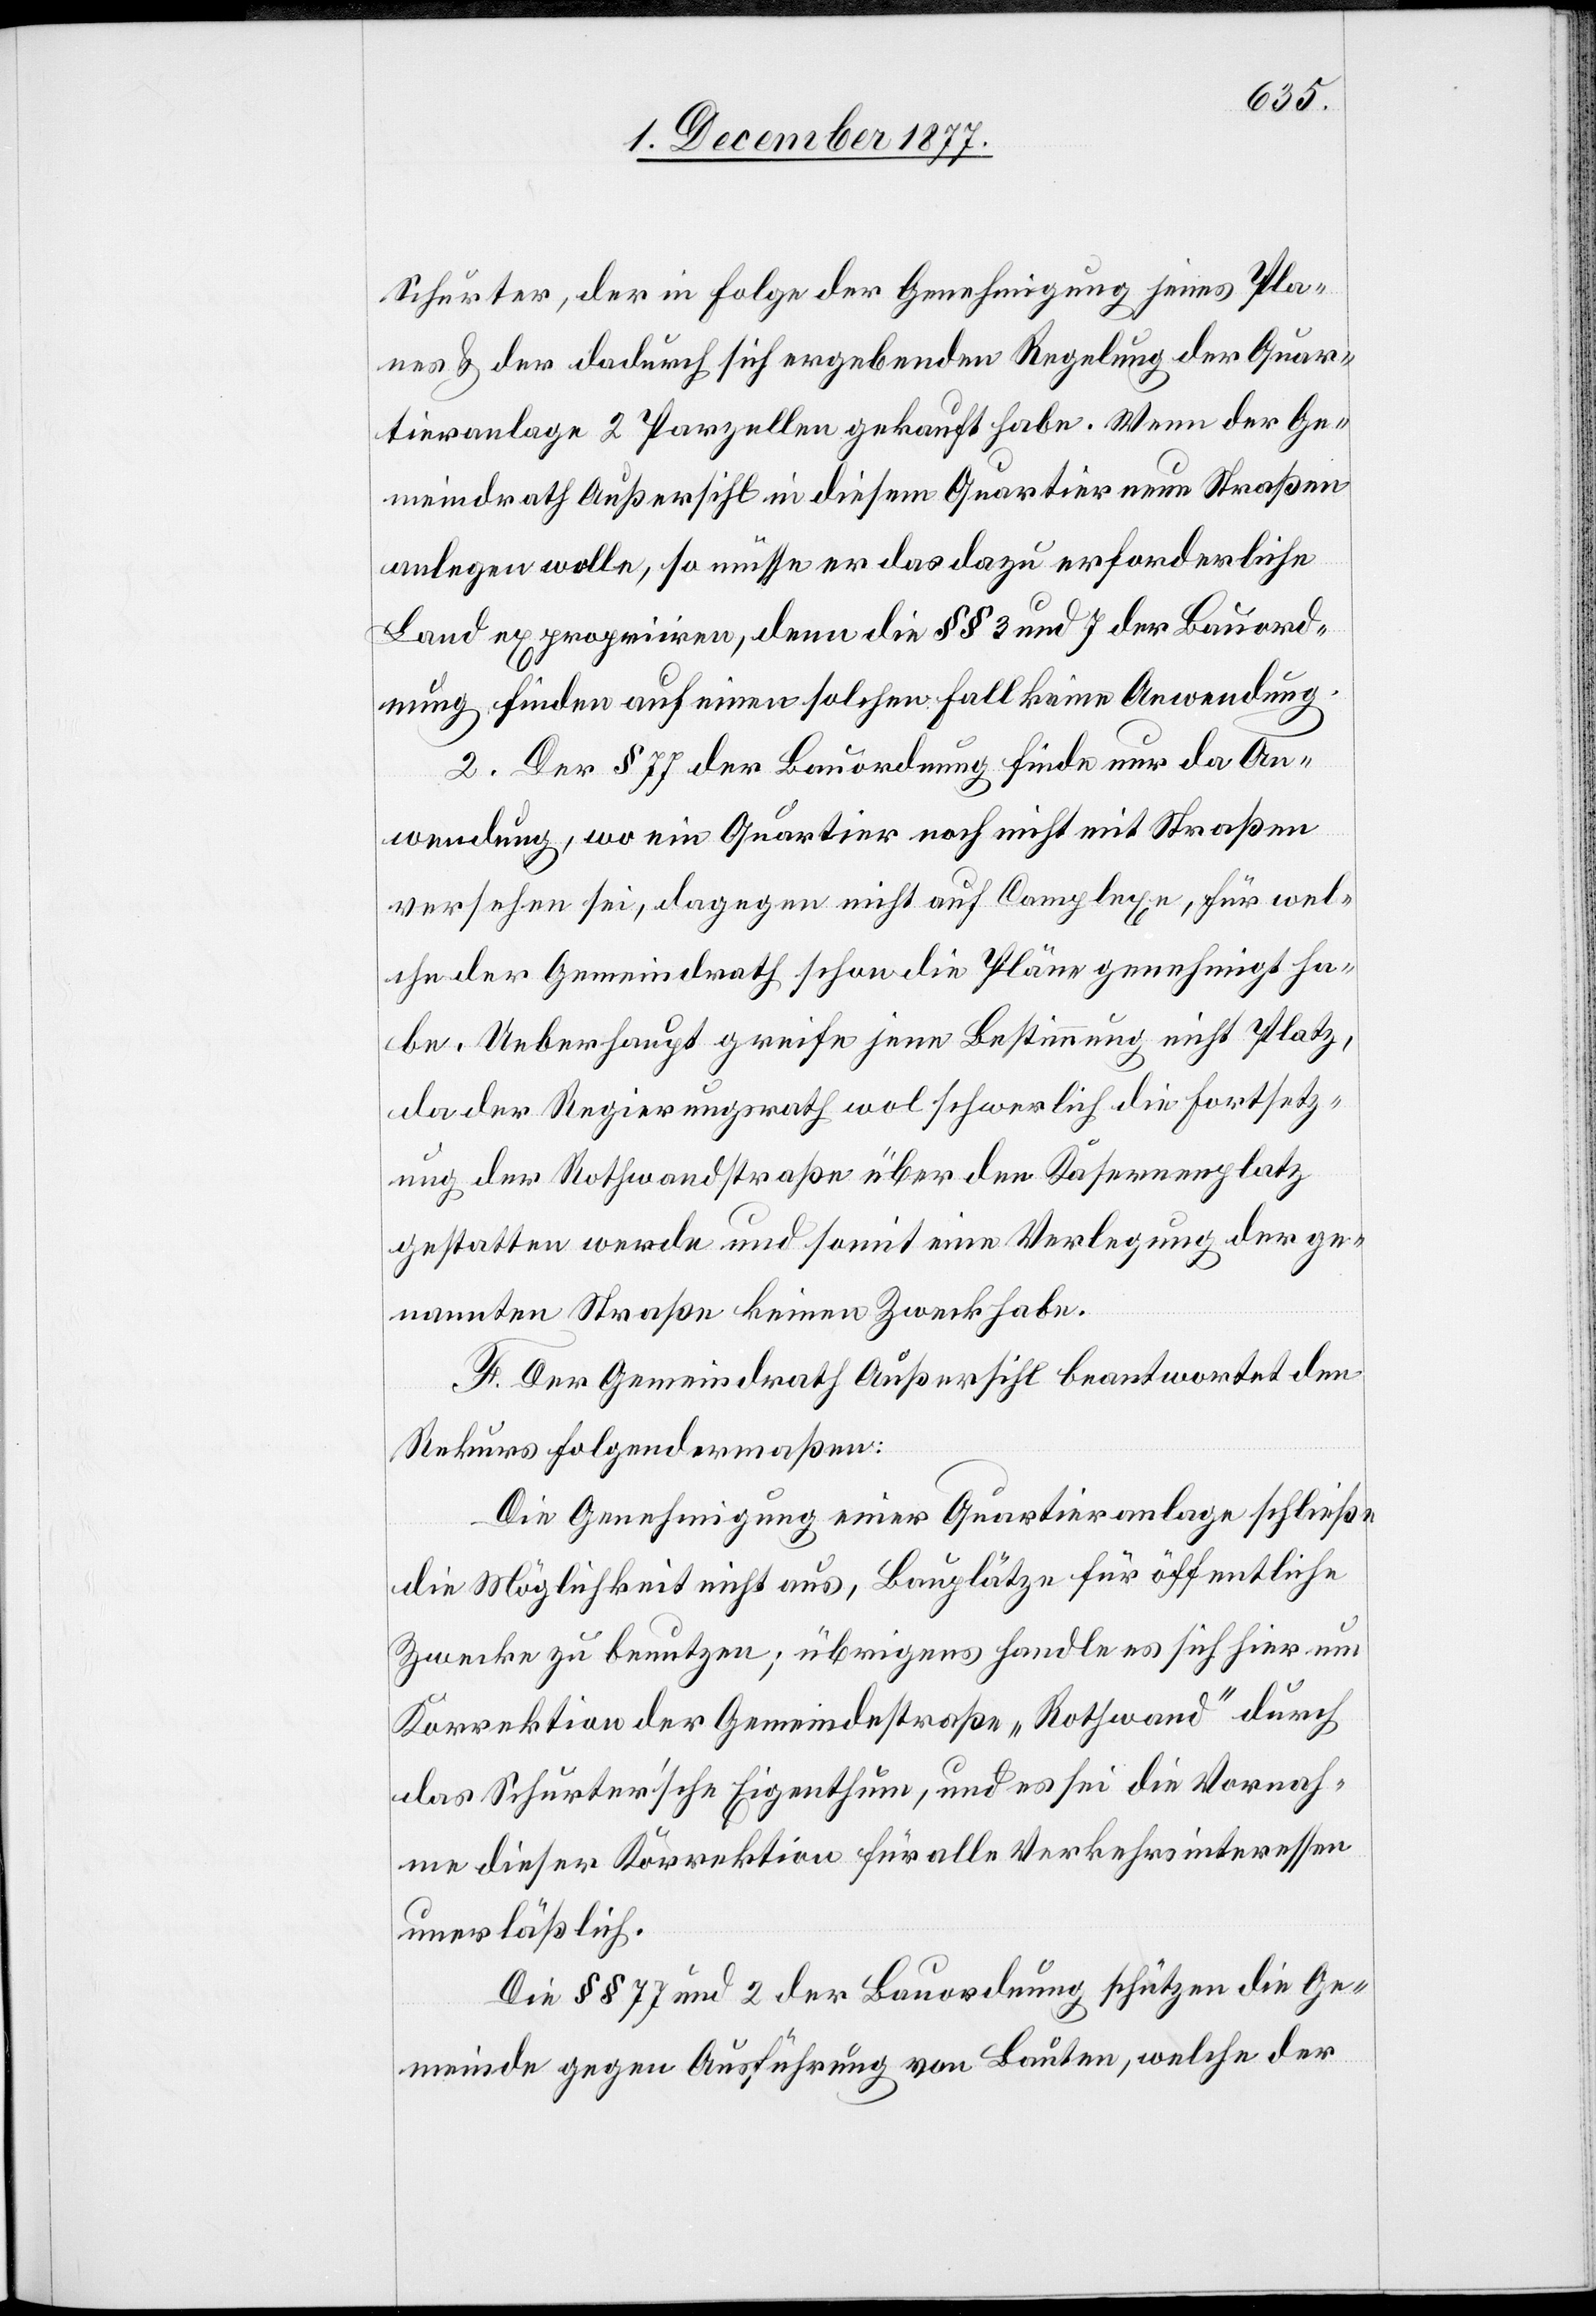
Schurter, der in Folge der Genehmigung jenes Pla¬
nes & der dadurch sich ergebenden Regelung der Quar¬
tieranlage 2 Parzellen gekauft habe. Wenn der Ge¬
meindrath Außersihl in diesem Quartier neue Straßen
anlegen wolle, so müsse er das dazu erforderliche
Land expropriiren, denn die §§ 3 und 7 der Bauord¬
nung finden auf einen solchen Fall keine Anwendung.
2. Der § 77 der Bauordnung finde nur da An¬
wendung, wo ein Quartier noch nicht mit Straßen
versehen sei, dagegen nicht auf Complexe, für wel¬
che der Gemeindrath schon die Pläne genehmigt ha¬
be. Ueberhaupt greife jene Bestimmung nicht Platz,
da der Regierungsrath wol schwerlich die Fortsetz¬
ung der Rothwandstraße über den Kasernenplatz
gestatten werde und somit eine Verlegung der ge¬
nannten Straße keinen Zweck habe.
F. Der Gemeindrath Außersihl beantwortet den
Rekurs folgendermaßen:
Die Genehmigung einer Quartieranlage schließe
die Möglichkeit nicht aus, Bauplätze für öffentliche
Zwecke zu benutzen; übrigens handle es sich hier um
Korrektion der Gemeindestraße „Rothwand“ durch
das Schurter’sche Eigenthum, und es sei die Vornah¬
me dieser Korrektion für alle Verkehrsinteressen
unerläßlich.
Die §§ 77 und 2 der Bauordnung schützen die Ge¬
meinde gegen Ausführung von Bauten, welche der